Annual statistical returns and brief notes on vaccination in Bengal - 1909-1929
Year: 1909
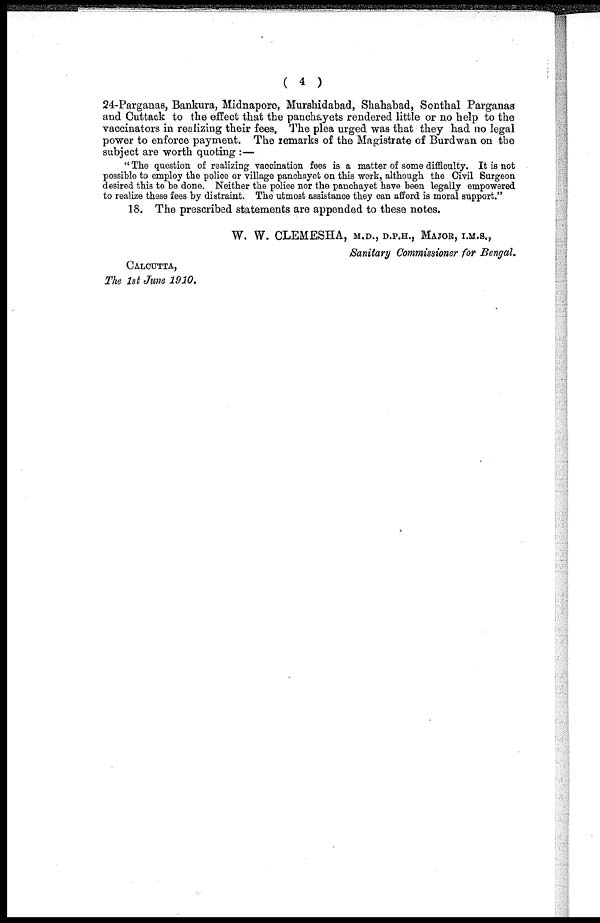
( 4 )
24-Parganas, Bankura, Midnapore, Murshidabad, Shahabad, Sonthal Parganas
and Cuttack to the effect that the panchayets rendered little or no help to the
vaccinators in realizing their fees. The plea urged was that they had no legal
power to enforce payment. The remarks of the Magistrate of Burdwan on the
subject are worth quoting :—
" The question of realizing vaccination fees is a matter of some difficulty. It is not
possible to employ the police or village panchayet on this work, although the Civil Surgeon
desired this to be done. Neither the police nor the panchayet have been legally empowered
to realize these fees by distraint. The utmost assistance they can afford is moral support."
18. The prescribed statements are appended to these notes.
W. W. CLEMESHA, M.D., D.P.H., MAJOR, I.M.S.,
Sanitary Commissioner for Bengal.
CALCUTTA,
The 1st June 1910.